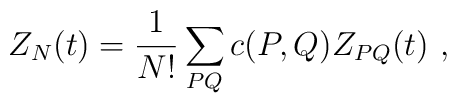
Z_N(t)={1\over N!}\sum_{PQ}c(P,Q)Z_{PQ}(t)~,